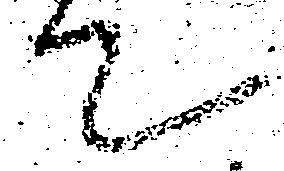
て